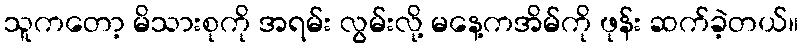
သူကတော့ မိသားစုကို အရမ်း လွမ်းလို့ မနေ့ကအိမ်ကို ဖုန်း ဆက်ခဲ့တယ်။